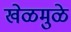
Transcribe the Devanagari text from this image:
खेळमुळे